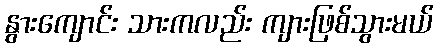
နွားကျောင်း သားကလည်း ကျားဖြစ်သွားမယ်